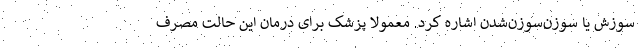
سوزش یا سوزن‌سوزن‌شدن اشاره کرد. معمولا پزشک برای درمان این حالت مصرف